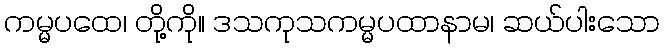
ကမ္မပထေ၊ တို့ကို။ ဒသကုသကမ္မပထာနာမ၊ ဆယ်ပါးသော